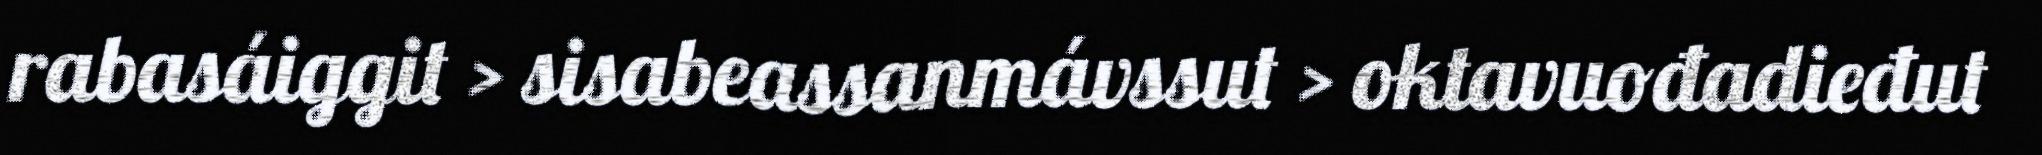
rabasáiggit > sisabeassanmávssut > oktavuođadieđut